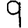
Digit: 9